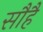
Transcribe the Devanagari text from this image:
सौहै